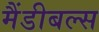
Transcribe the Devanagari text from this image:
मैंडीबल्स